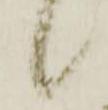
候